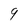
Character: 9